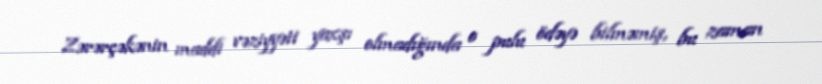
Zərərçəkənin maddi vəziyyəti yaxşı olmadığında o pulu ödəyə bilməmiş, bu zaman